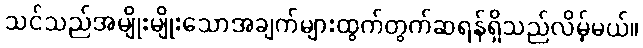
သင်သည်အမျိုးမျိုးသောအချက်များထွက်တွက်ဆရန်ရှိသည်လိမ့်မယ်။